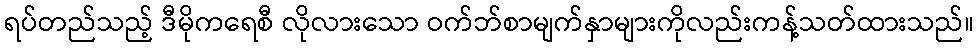
ရပ်တည်သည့် ဒီမိုကရေစီ လိုလားသော ဝက်ဘ်စာမျက်နှာများကိုလည်းကန့်သတ်ထားသည်။